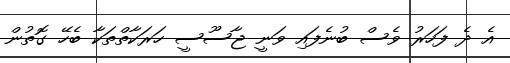
އެ ދެ ފަހަރު ވެސް ބުނެފައި ވަނީ ޖާސޫސީ ހަރަކާތްތަކާ ބެހޭ ގޮތުން